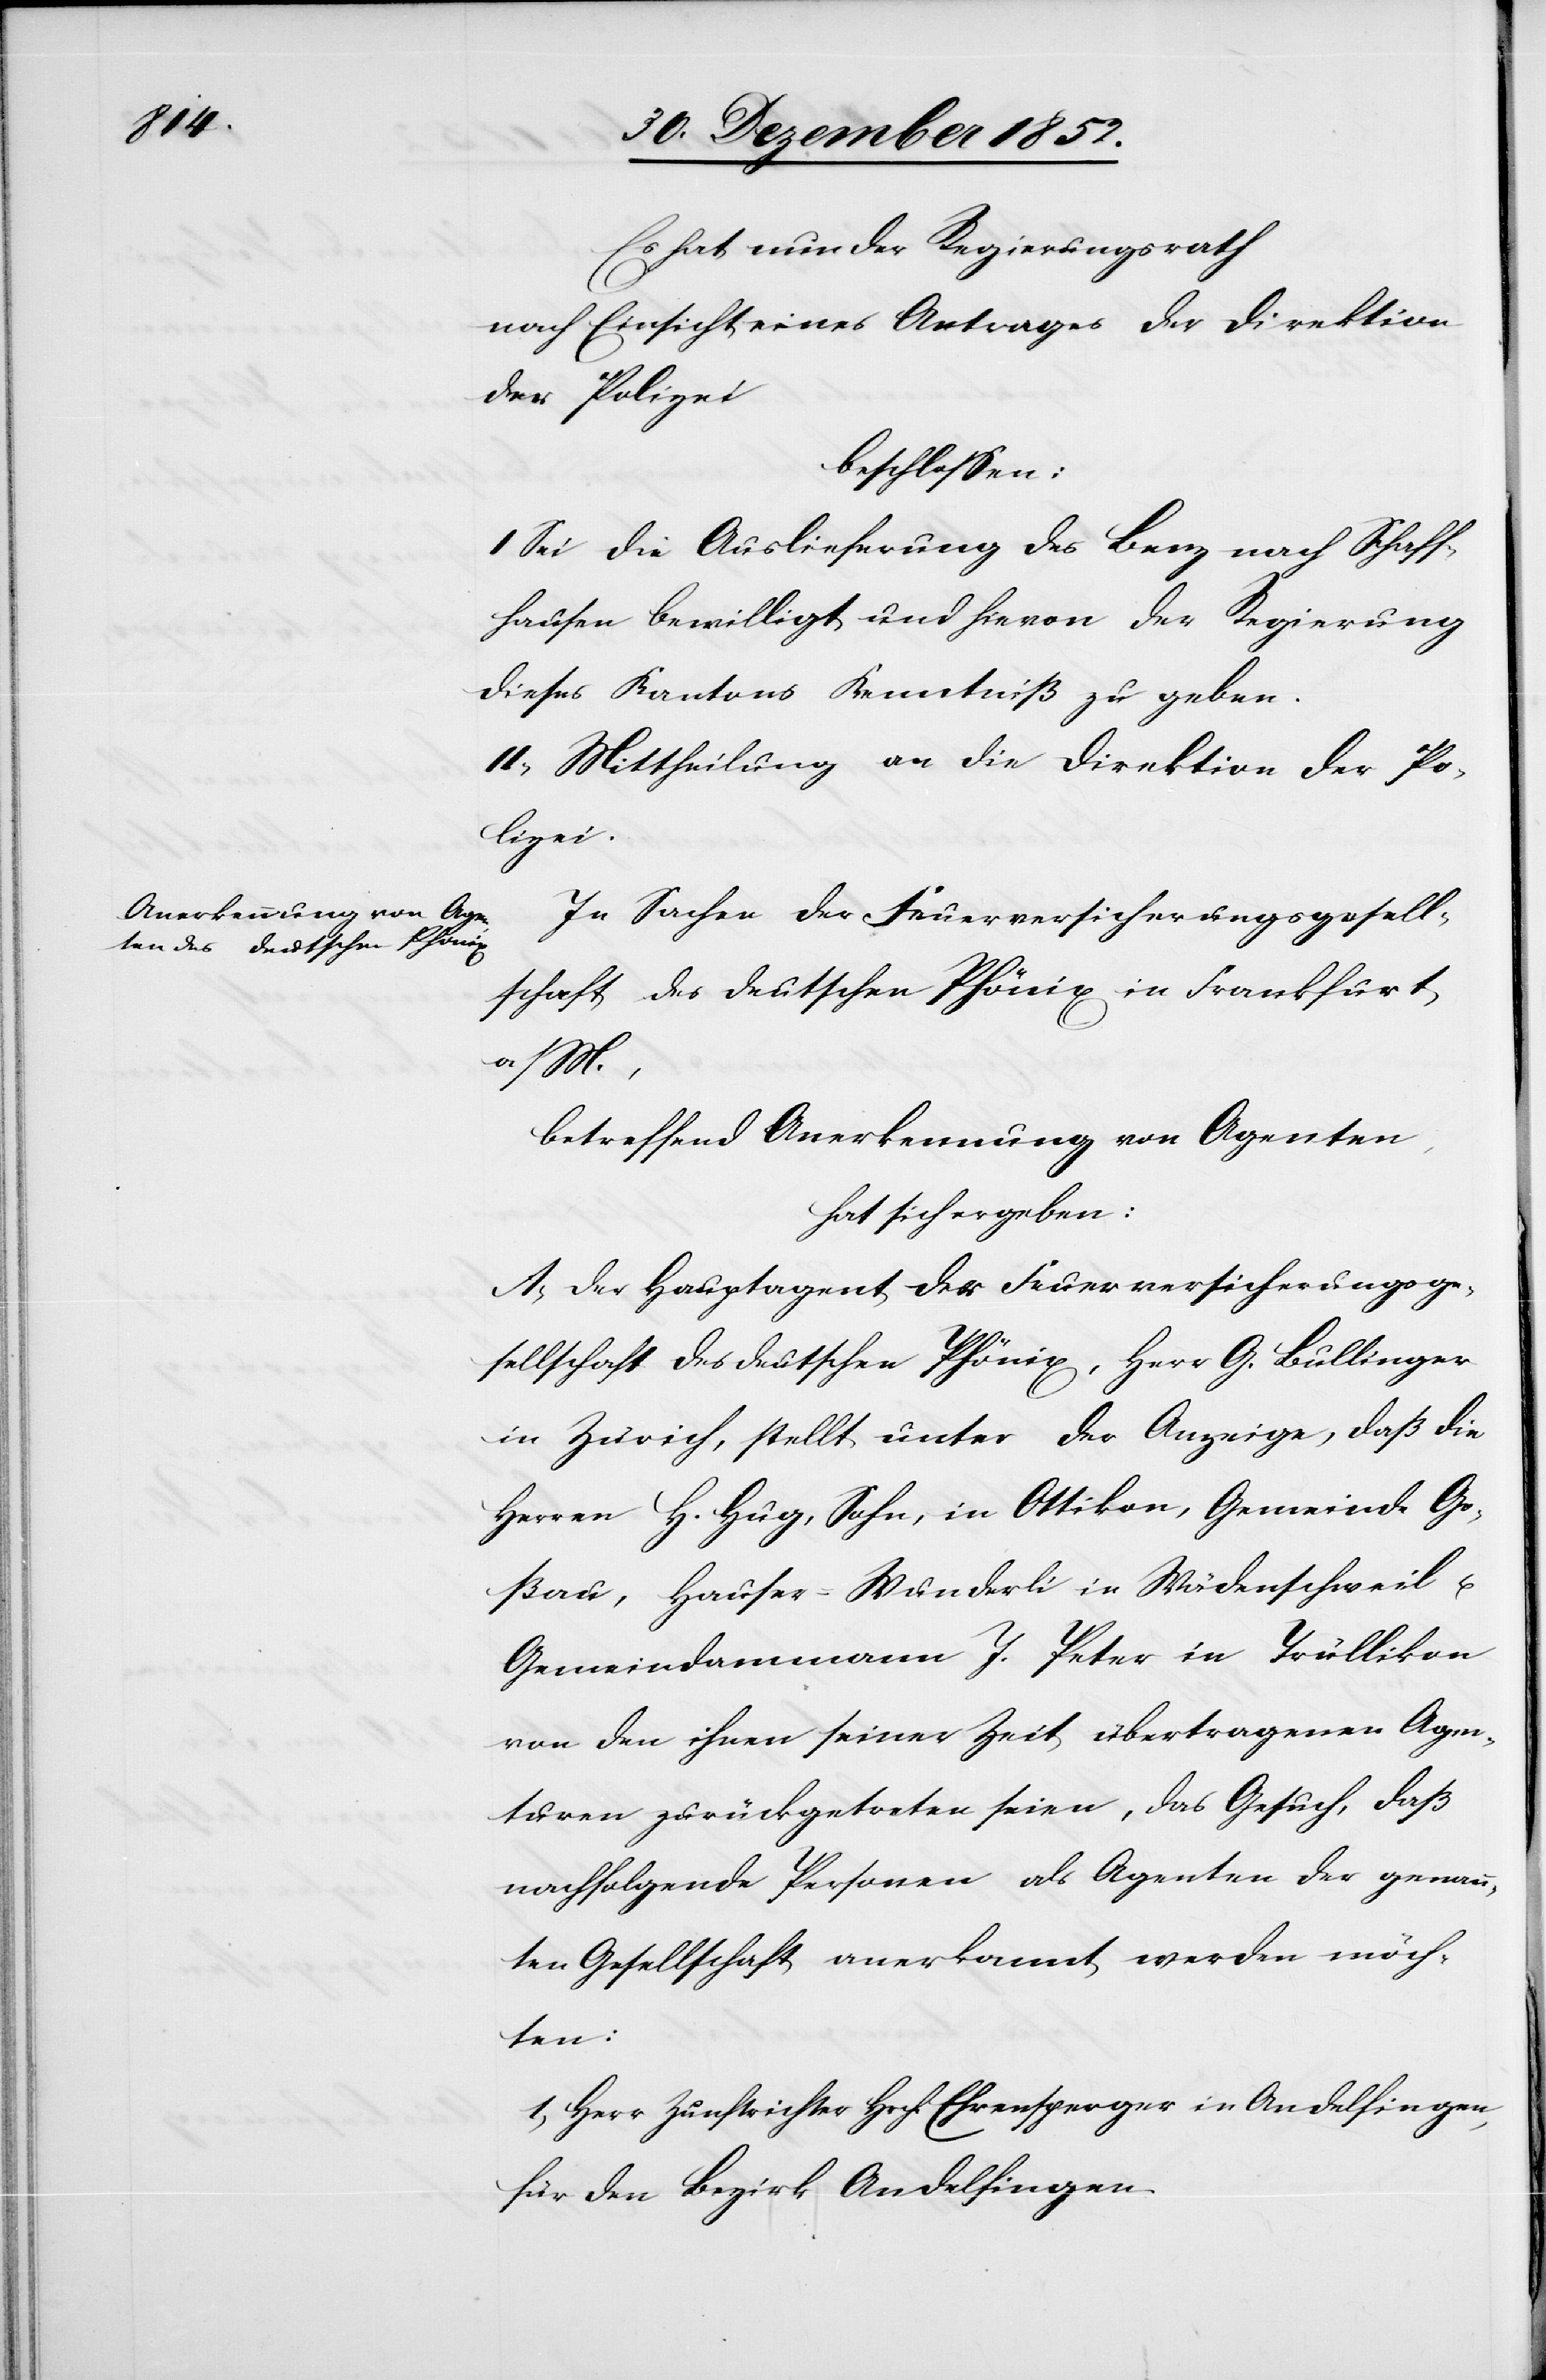
Es hat nun der Regierungsrath
nach Einsicht eines Antrages der Direktion
der Polizei
beschlossen:
I Sei die Auslieferung des Benz nach Schaff¬
hausen bewilligt und hievon der Regierung
dieses Kantons Kenntniß zu geben.
II, Mittheilung an die Direktion der Po¬
lizei.
In Sachen der Feuerversicherungsgesell¬
schaft des deutschen Phönix in Frankfurt
betreffend Anerkennung von Agenten,
hat sich ergeben:
A, Der Hauptagent der Feuerversicherungsge¬
sellschaft des deutschen Phönix, Herr G. Bullinger
in Zürich, stellt unter der Anzeige, daß die
Herren H. Hug, Sohn, in Ottikon, Gemeinde Go¬
ßau, Hauser-Wunderli in Wädenschweil u.
Gemeindammann J. Peter in Trüllikon
von den ihnen seiner Zeit übertragenen Agen¬
turen zurückgetreten seien, das Gesuch, daß
nachfolgende Personen als Agenten der genann¬
ten Gesellschaft anerkannt werden möch¬
ten:
1, Herr Zunftrichter Hrch. Ehrensperger in Andelfingen,
für den Bezirk Andelfingen.